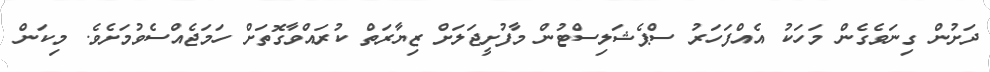
ދަށުން ގިނަވެގެން މަހަކު އެއްފަހަރު ސްޕެޝަލިސްޓުން މާފުށީޖަލަށް ޒިޔާރަތް ކުރައްވާގޮތަށް ހަމަޖެއްސެވުމަށެވެ. މިކަން